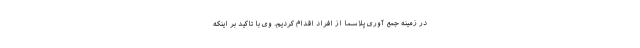
در زمینه جمع آوری پلاسما از افراد اقدام کردیم. وی با تاکید بر اینکه